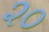
૨૦